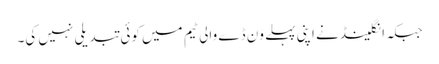
جبکہ انگلینڈ نے اپنی پہلے وَن ڈے والی ٹیم میں کوئی تبدیلی نہیں کی۔